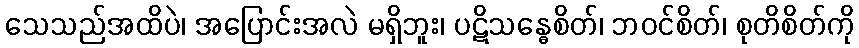
သေသည်အထိပဲ၊ အပြောင်းအလဲ မရှိဘူး၊ ပဋိသန္ဓေစိတ်၊ ဘဝင်စိတ်၊ စုတိစိတ်ကို